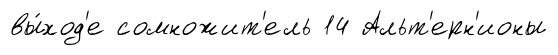
вы́ход'е сомножит'ель 14 Альт'ерн'ионы